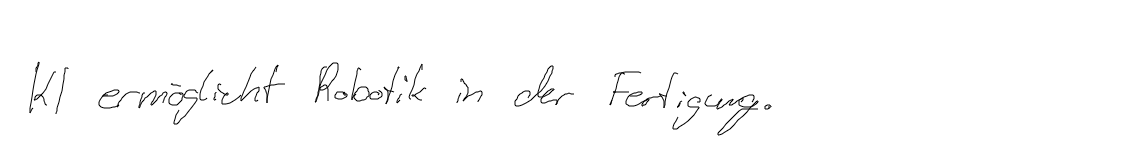
KI ermöglicht Robotik in der Fertigung.